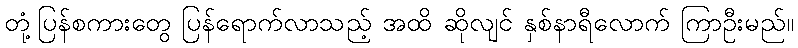
တုံ့ပြန်စကားတွေ ပြန်ရောက်လာသည့် အထိ ဆိုလျင် နှစ်နာရီလောက် ကြာဦးမည်။